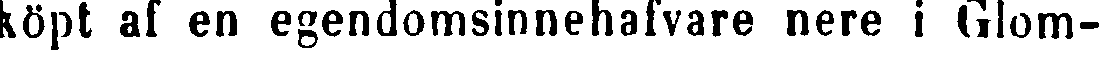
köpt af en egendomsinnehavare nere i Glom-